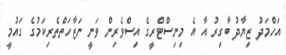
އަހްމަދު ޒިޔާދު ބާގިރު އާ އެ މިނިސްޓްރީގެ އިސްވެރިން ވަނީ ނަޒާހަތްތެރިކަމުގެ ގައުމީ